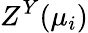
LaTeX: Z^{Y}({\mu_{i}})